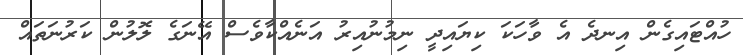
ހުއްޓައިގެން އިނދެ އެ ވާހަކަ ކިޔައިދީ ނިމުނުއިރު އަނެއްކާވެސް އޭނަގެ ލޮލުން ކަރުނަތައް